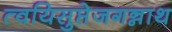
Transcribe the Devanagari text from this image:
त्वयिसुप्तेजगन्नाथ